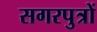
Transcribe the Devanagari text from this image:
सगरपुत्रों